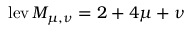
\operatorname { l e v } M _ { \mu , \nu } = 2 + 4 \mu + \nu